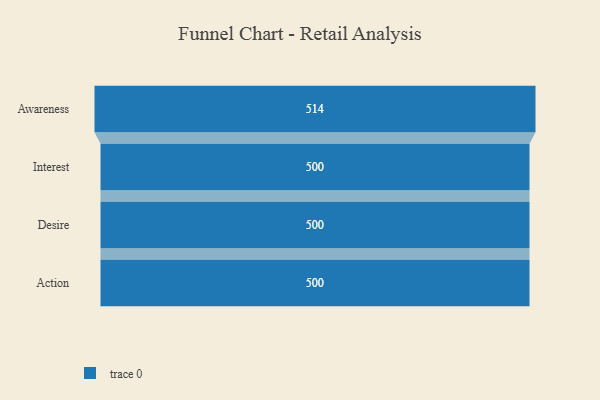
{"axis": {"x": "Stage", "y": "Value"}, "legend": [""], "data": [{"x": "Awareness", "y": 514.0, "type": ""}, {"x": "Interest", "y": 500, "type": ""}, {"x": "Desire", "y": 500, "type": ""}, {"x": "Action", "y": 500, "type": ""}]}